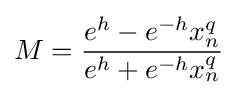
M={\frac {e^{h}-e^{-h}x_{n}^{q}}{e^{h}+e^{-h}x_{n}^{q}}}